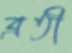
ব্রতী